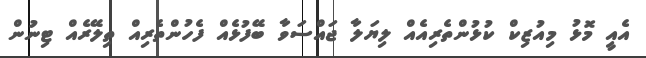
އެއީ މޮޅު މިއުޒިކް ކުޅުންތެރިއެއް ލިޔަލާ ޖައްސަވާ ބޭފުޅެއް ފެހުންތެރިއް ތިލޭރެއް ޓިނުން